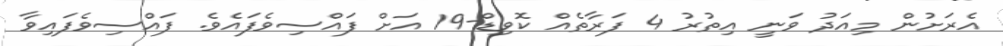
އެރަށުން މިއަދު ވަނީ އިތުރު 4 ފަރާތެއް ކޮވިޑް-19 އަށް ފައްސިވެފައެވެ. ފައްސިވެފައިވާ